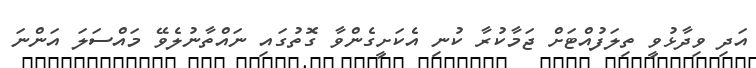
އަދި ވިދާޅުވީ ތިލަފުއްޓަށް ޖަމާކުރާ ކުނި އެކަށީގެންވާ ގޮތުގައި ނައްތާނުލެވޭ މައްސަލަ އަންނަ